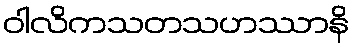
ဝါလိကသတသဟဿာနိ